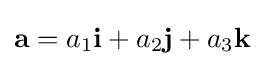
\mathbf {a} =a_{1}\mathbf {i} +a_{2}\mathbf {j} +a_{3}\mathbf {k}